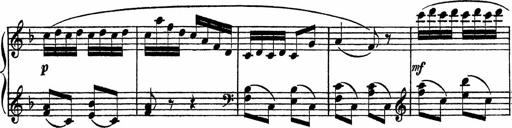
Title: Piano Sonatinas
Composer: Charles Fradel